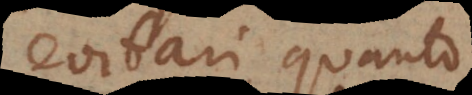
evitari, quanto